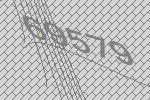
69579